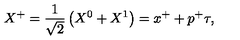
X ^ { + } = \frac { 1 } { \sqrt { 2 } } \left( X ^ { 0 } + X ^ { 1 } \right) = x ^ { + } + p ^ { + } \tau ,